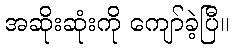
အဆိုးဆုံးကို ကျော်ခဲ့ပြီ။